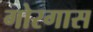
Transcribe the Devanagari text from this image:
गोरगास